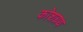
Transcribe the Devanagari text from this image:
कोशग्रथ